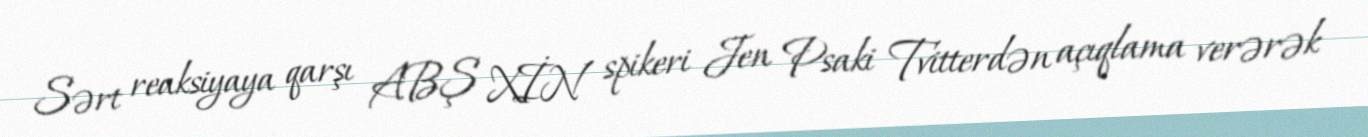
Sərt reaksiyaya qarşı ABŞ XİN spikeri Jen Psaki Tvitterdən açıqlama verərək